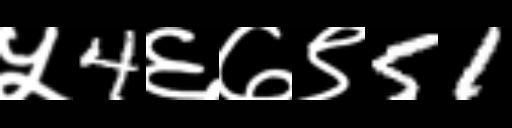
Text: ५4६७९51